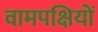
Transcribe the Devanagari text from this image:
वामपक्षियों